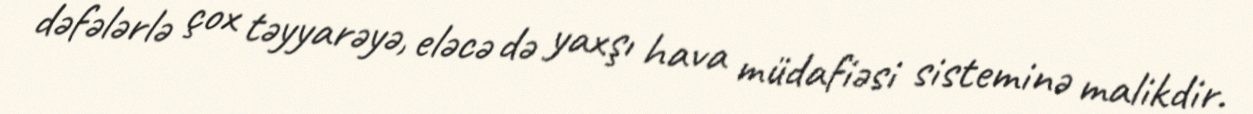
dəfələrlə çox təyyarəyə, eləcə də yaxşı hava müdafiəsi sisteminə malikdir.